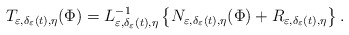
\begin{align*}T_{\varepsilon,\delta_{\varepsilon}(t),\eta}(\Phi)=L_{\varepsilon,\delta_{\varepsilon}(t),\eta}^{-1}\left\{ N_{\varepsilon,\delta_{\varepsilon}(t),\eta}(\Phi)+R_{\varepsilon,\delta_{\varepsilon}(t),\eta}\right\} .\end{align*}